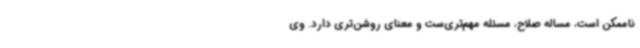
ناممکن است، مساله صلاح، مسئله مهم‌تری‌ست و معنای روشن‌تری دارد. وی